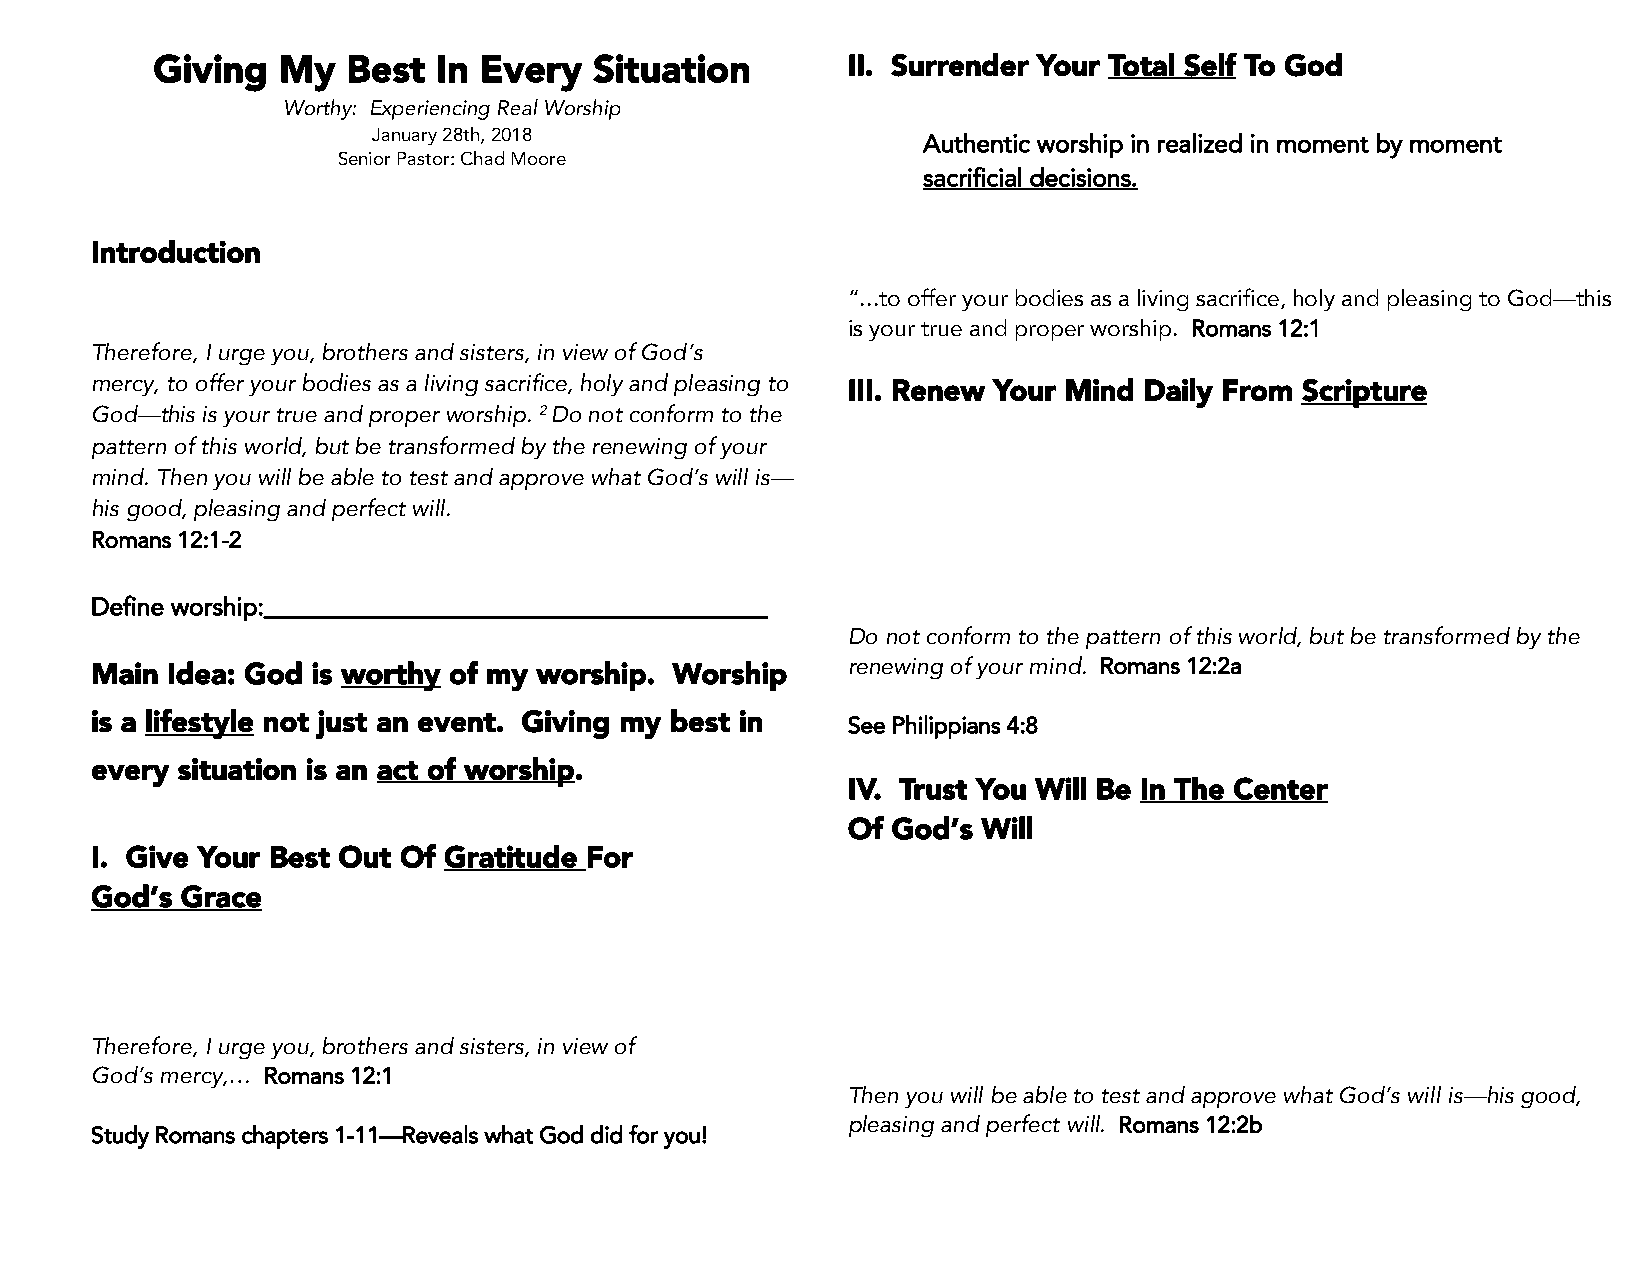
Giving  My   Best  In Every  Situation        II. Surrender Your Total Self To God
 Worthy: Experiencing Real Worship
 January 28th, 2018
 Authentic worship in realized in moment by moment
 Senior Pastor: Chad Moore
 sacrificial decisions.
 Introduction
 “...to offer your bodies as a living sacrifice, holy and pleasing to God—this
 is your true and proper worship. Romans 12:1
 Therefore, I urge you, brothers and sisters, in view of God’s
 mercy, to offer your bodies as a living sacrifice, holy and pleasing to
 III. Renew Your Mind Daily From Scripture
 God—this is your true and proper worship. 2 Do not conform to the
 pattern of this world, but be transformed by the renewing of your
 mind. Then you will be able to test and approve what God’s will is—
 his good, pleasing and perfect will.
 Romans 12:1-2
 Define worship:_________________________________________
 Do not conform to the pattern of this world, but be transformed by the
 renewing of your mind. Romans 12:2a
 Main Idea: God is worthy of my worship. Worship
 is a lifestyle not just an event. Giving my best in See Philippians 4:8
 every situation is an act of worship.
 IV. Trust You Will Be In The Center
 Of God’s Will
 I. Give Your Best Out Of Gratitude For
 God’s Grace
 Therefore, I urge you, brothers and sisters, in view of
 God’s mercy,… Romans 12:1
 Then you will be able to test and approve what God’s will is—his good,
 pleasing and perfect will. Romans 12:2b
 Study Romans chapters 1-11—Reveals what God did for you!